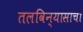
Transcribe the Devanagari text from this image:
तलविन्यासाची